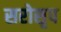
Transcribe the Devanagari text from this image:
सरोसृप